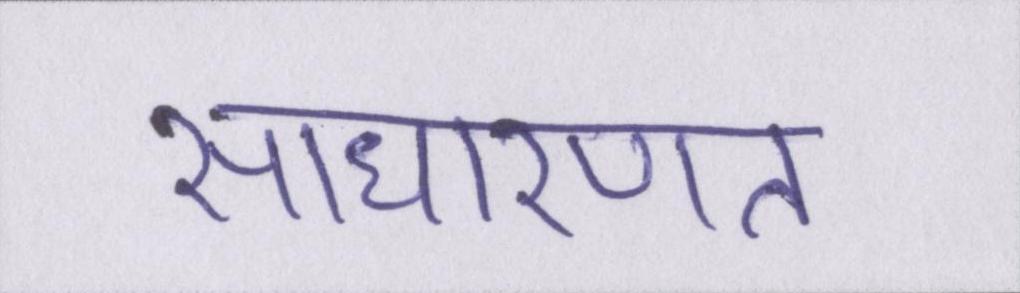
साधारणत